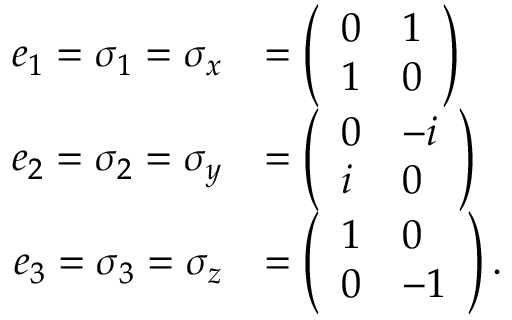
{ \begin{array} { r l } { e _ { 1 } = \sigma _ { 1 } = \sigma _ { x } } & { = { \left( \begin{array} { l l } { 0 } & { 1 } \\ { 1 } & { 0 } \end{array} \right) } } \\ { e _ { 2 } = \sigma _ { 2 } = \sigma _ { y } } & { = { \left( \begin{array} { l l } { 0 } & { - i } \\ { i } & { 0 } \end{array} \right) } } \\ { e _ { 3 } = \sigma _ { 3 } = \sigma _ { z } } & { = { \left( \begin{array} { l l } { 1 } & { 0 } \\ { 0 } & { - 1 } \end{array} \right) } \, . } \end{array} }